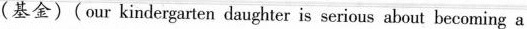
(基金)(our kindergarten daughter is serious about becoming a